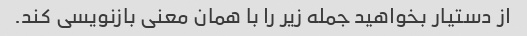
از دستیار بخواهید جمله زیر را با همان معنی بازنویسی کند.